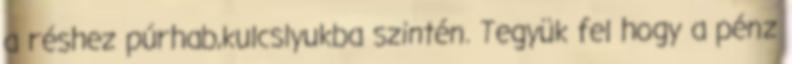
a réshez púrhab,kulcslyukba szintén. Tegyük fel hogy a pénz